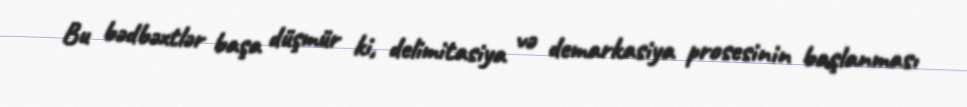
Bu bədbəxtlər başa düşmür ki, delimitasiya və demarkasiya prosesinin başlanması